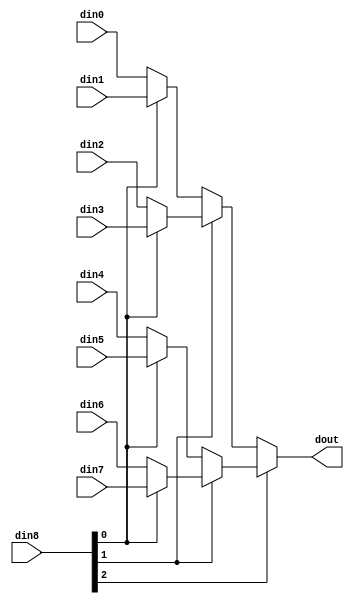
// This program was cloned from: https://github.com/zainryan/INSIDER-System
// License: MIT License

// ==============================================================
// File generated by Vivado(TM) HLS - High-Level Synthesis from C, C++ and SystemC
// Version: 2017.4.op
// Copyright (C) 1986-2018 Xilinx, Inc. All Rights Reserved.
// 
// ==============================================================


`timescale 1ns/1ps

module write_mode_pcie_helper_app_mux_83_40_1_1 #(
parameter
    ID                = 0,
    NUM_STAGE         = 1,
    din0_WIDTH       = 32,
    din1_WIDTH       = 32,
    din2_WIDTH       = 32,
    din3_WIDTH       = 32,
    din4_WIDTH       = 32,
    din5_WIDTH       = 32,
    din6_WIDTH       = 32,
    din7_WIDTH       = 32,
    din8_WIDTH         = 32,
    dout_WIDTH            = 32
)(
    input  [39 : 0]     din0,
    input  [39 : 0]     din1,
    input  [39 : 0]     din2,
    input  [39 : 0]     din3,
    input  [39 : 0]     din4,
    input  [39 : 0]     din5,
    input  [39 : 0]     din6,
    input  [39 : 0]     din7,
    input  [2 : 0]    din8,
    output [39 : 0]   dout);

// puts internal signals
wire [2 : 0]     sel;
// level 1 signals
wire [39 : 0]         mux_1_0;
wire [39 : 0]         mux_1_1;
wire [39 : 0]         mux_1_2;
wire [39 : 0]         mux_1_3;
// level 2 signals
wire [39 : 0]         mux_2_0;
wire [39 : 0]         mux_2_1;
// level 3 signals
wire [39 : 0]         mux_3_0;

assign sel = din8;

// Generate level 1 logic
assign mux_1_0 = (sel[0] == 0)? din0 : din1;
assign mux_1_1 = (sel[0] == 0)? din2 : din3;
assign mux_1_2 = (sel[0] == 0)? din4 : din5;
assign mux_1_3 = (sel[0] == 0)? din6 : din7;

// Generate level 2 logic
assign mux_2_0 = (sel[1] == 0)? mux_1_0 : mux_1_1;
assign mux_2_1 = (sel[1] == 0)? mux_1_2 : mux_1_3;

// Generate level 3 logic
assign mux_3_0 = (sel[2] == 0)? mux_2_0 : mux_2_1;

// output logic
assign dout = mux_3_0;

endmodule